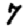
Digit: 7